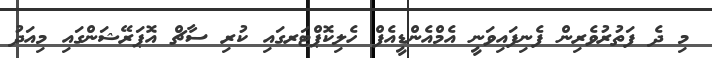
މި ދެ ފަތުރުވެރިން ފެނިފައިވަނީ އެމްއެންޑީއެފް ހެލިކޮޕްޓަރގައި ކުރި ސާޗް އޮޕަރޭޝަންގައި މިއަދު